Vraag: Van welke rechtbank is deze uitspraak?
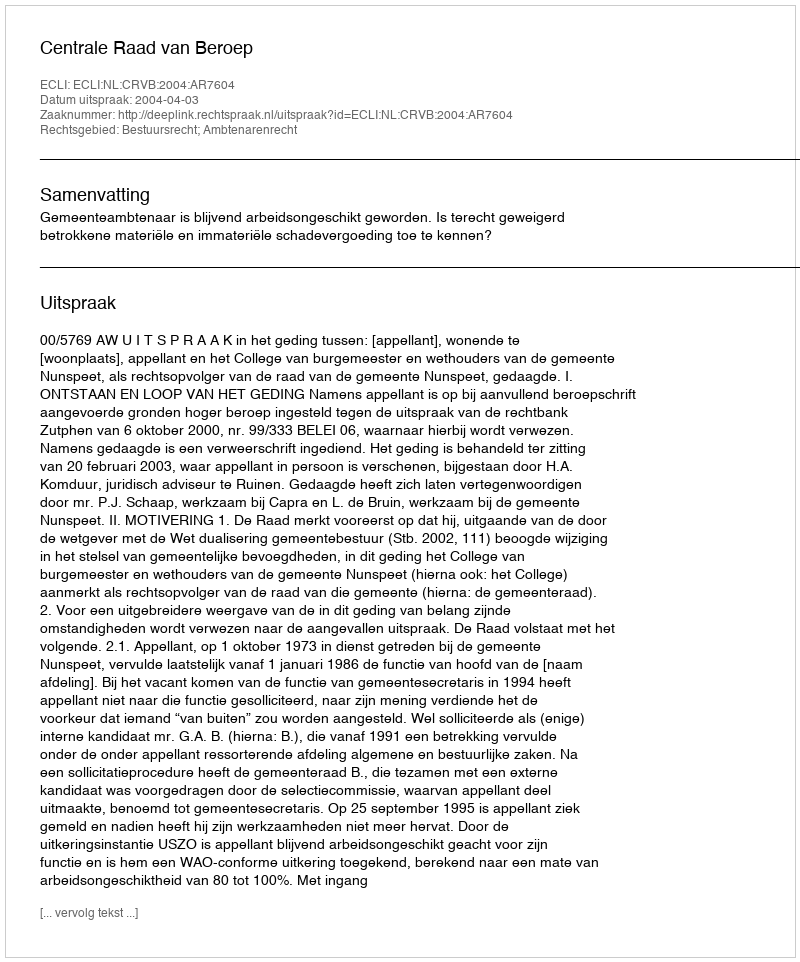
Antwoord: Centrale Raad van Beroep